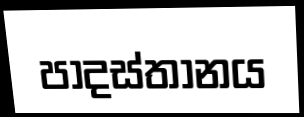
පාදස්තානය